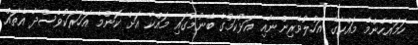
ހަމައެހެންމެ މައްކާގެ އަހުލުވެރިންނާއި އަޅުކަމުގެ ބޭނުމުގައި މައްކާ އަށް ކޮންމެ އަހަރަކުވެސްދާ އެތައް